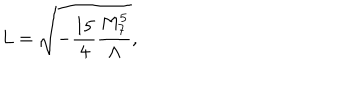
LaTeX: L = \sqrt { - \frac { 1 5 } { 4 } \frac { M _ { 7 } ^ { 5 } } { \Lambda } } ,